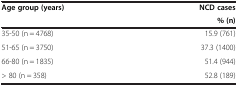
<table><thead><tr><td><b>Age group (years)</b></td><td><b>NCD cases</b></td></tr><tr><td><b> </b></td><td><b>% (n)</b></td></tr></thead><tbody><tr><td>35-50 (n = 4768)</td><td>15.9 (761)</td></tr><tr><td>51-65 (n = 3750)</td><td>37.3 (1400)</td></tr><tr><td>66-80 (n = 1835)</td><td>51.4 (944)</td></tr><tr><td>&gt; 80 (n = 358)</td><td>52.8 (189)</td></tr></tbody></table>